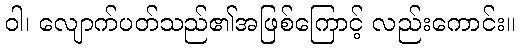
ဝါ၊ လျောက်ပတ်သည်၏အဖြစ်ကြောင့် လည်းကောင်း။